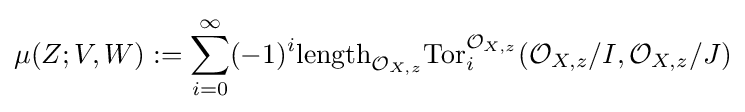
\mu (Z;V,W):=\sum _{i=0}^{\infty }(-1)^{i}{\text{length}}_{{\mathcal {O}}_{X,z}}{\text{Tor}}_{i}^{{\mathcal {O}}_{X,z}}({\mathcal {O}}_{X,z}/I,{\mathcal {O}}_{X,z}/J)